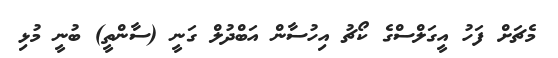
މެޗަށް ފަހު އީގަލްސްގެ ކޯޗު އިހުސާން އަބްދުލް ގަނީ (ސާންތީ) ބުނީ މުޅި